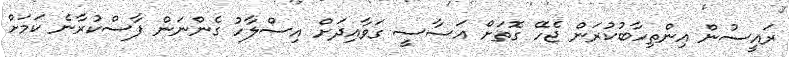
ރައީސުން އިންތިހާބުކުރަން ޖެހޭ ގޮތަށް އަސާސީ ގަވާއިދަށް އިސްލާހު ގެންނަން ފާސްކުރާނެ ކަމަށް